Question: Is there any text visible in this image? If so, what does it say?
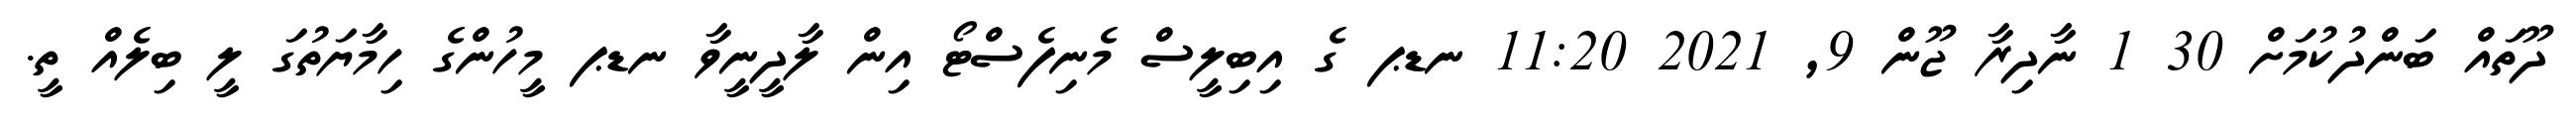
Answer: ދޫތައް ބަންދުކުމަށް 30 1 ނާދިރާ ޖޫން 9, 2021 11:20 ނޑޕ ގެ އިބިލީސް މެނިފެސްޓޯ އިން ލާދީނީވާ ނޑޕ މީހުންގެ ހިމާޔަތުގަ ލީ ބިލެއް ތީ.